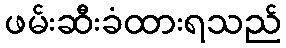
ဖမ်းဆီးခံထားရသည်